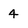
Character: 4